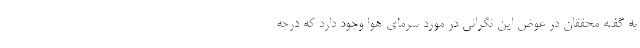
به گفته محققان در عوض این نگرانی در مورد سرمای هوا وجود دارد که درجه